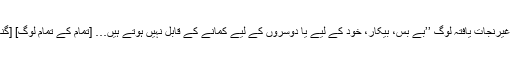
1791) ایک کیلونسٹ نہیں تھا، مگر اُس نے اِس حوالے کے بارے میں کہا کہ غیرنجات یافتہ لوگ ’’بے بس، بیکار، خود کے لیے یا دوسروں کے لیے کمانے کے قابل نہیں ہوتے ہیں… [تمام کے تمام لوگ] [گناہ کی] قدرت اور جرم کے تحت ہوتے ہیں،‘‘ رومیوں3:12، 9 (جان ویزلی، ایم۔